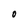
Character: O